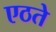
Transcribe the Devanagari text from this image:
एठते